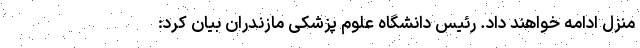
منزل ادامه خواهند داد. رئیس دانشگاه علوم پزشکی مازندران بیان کرد: